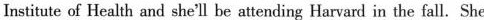
Institute of Health and she'll be attending Harvard in the fall. She